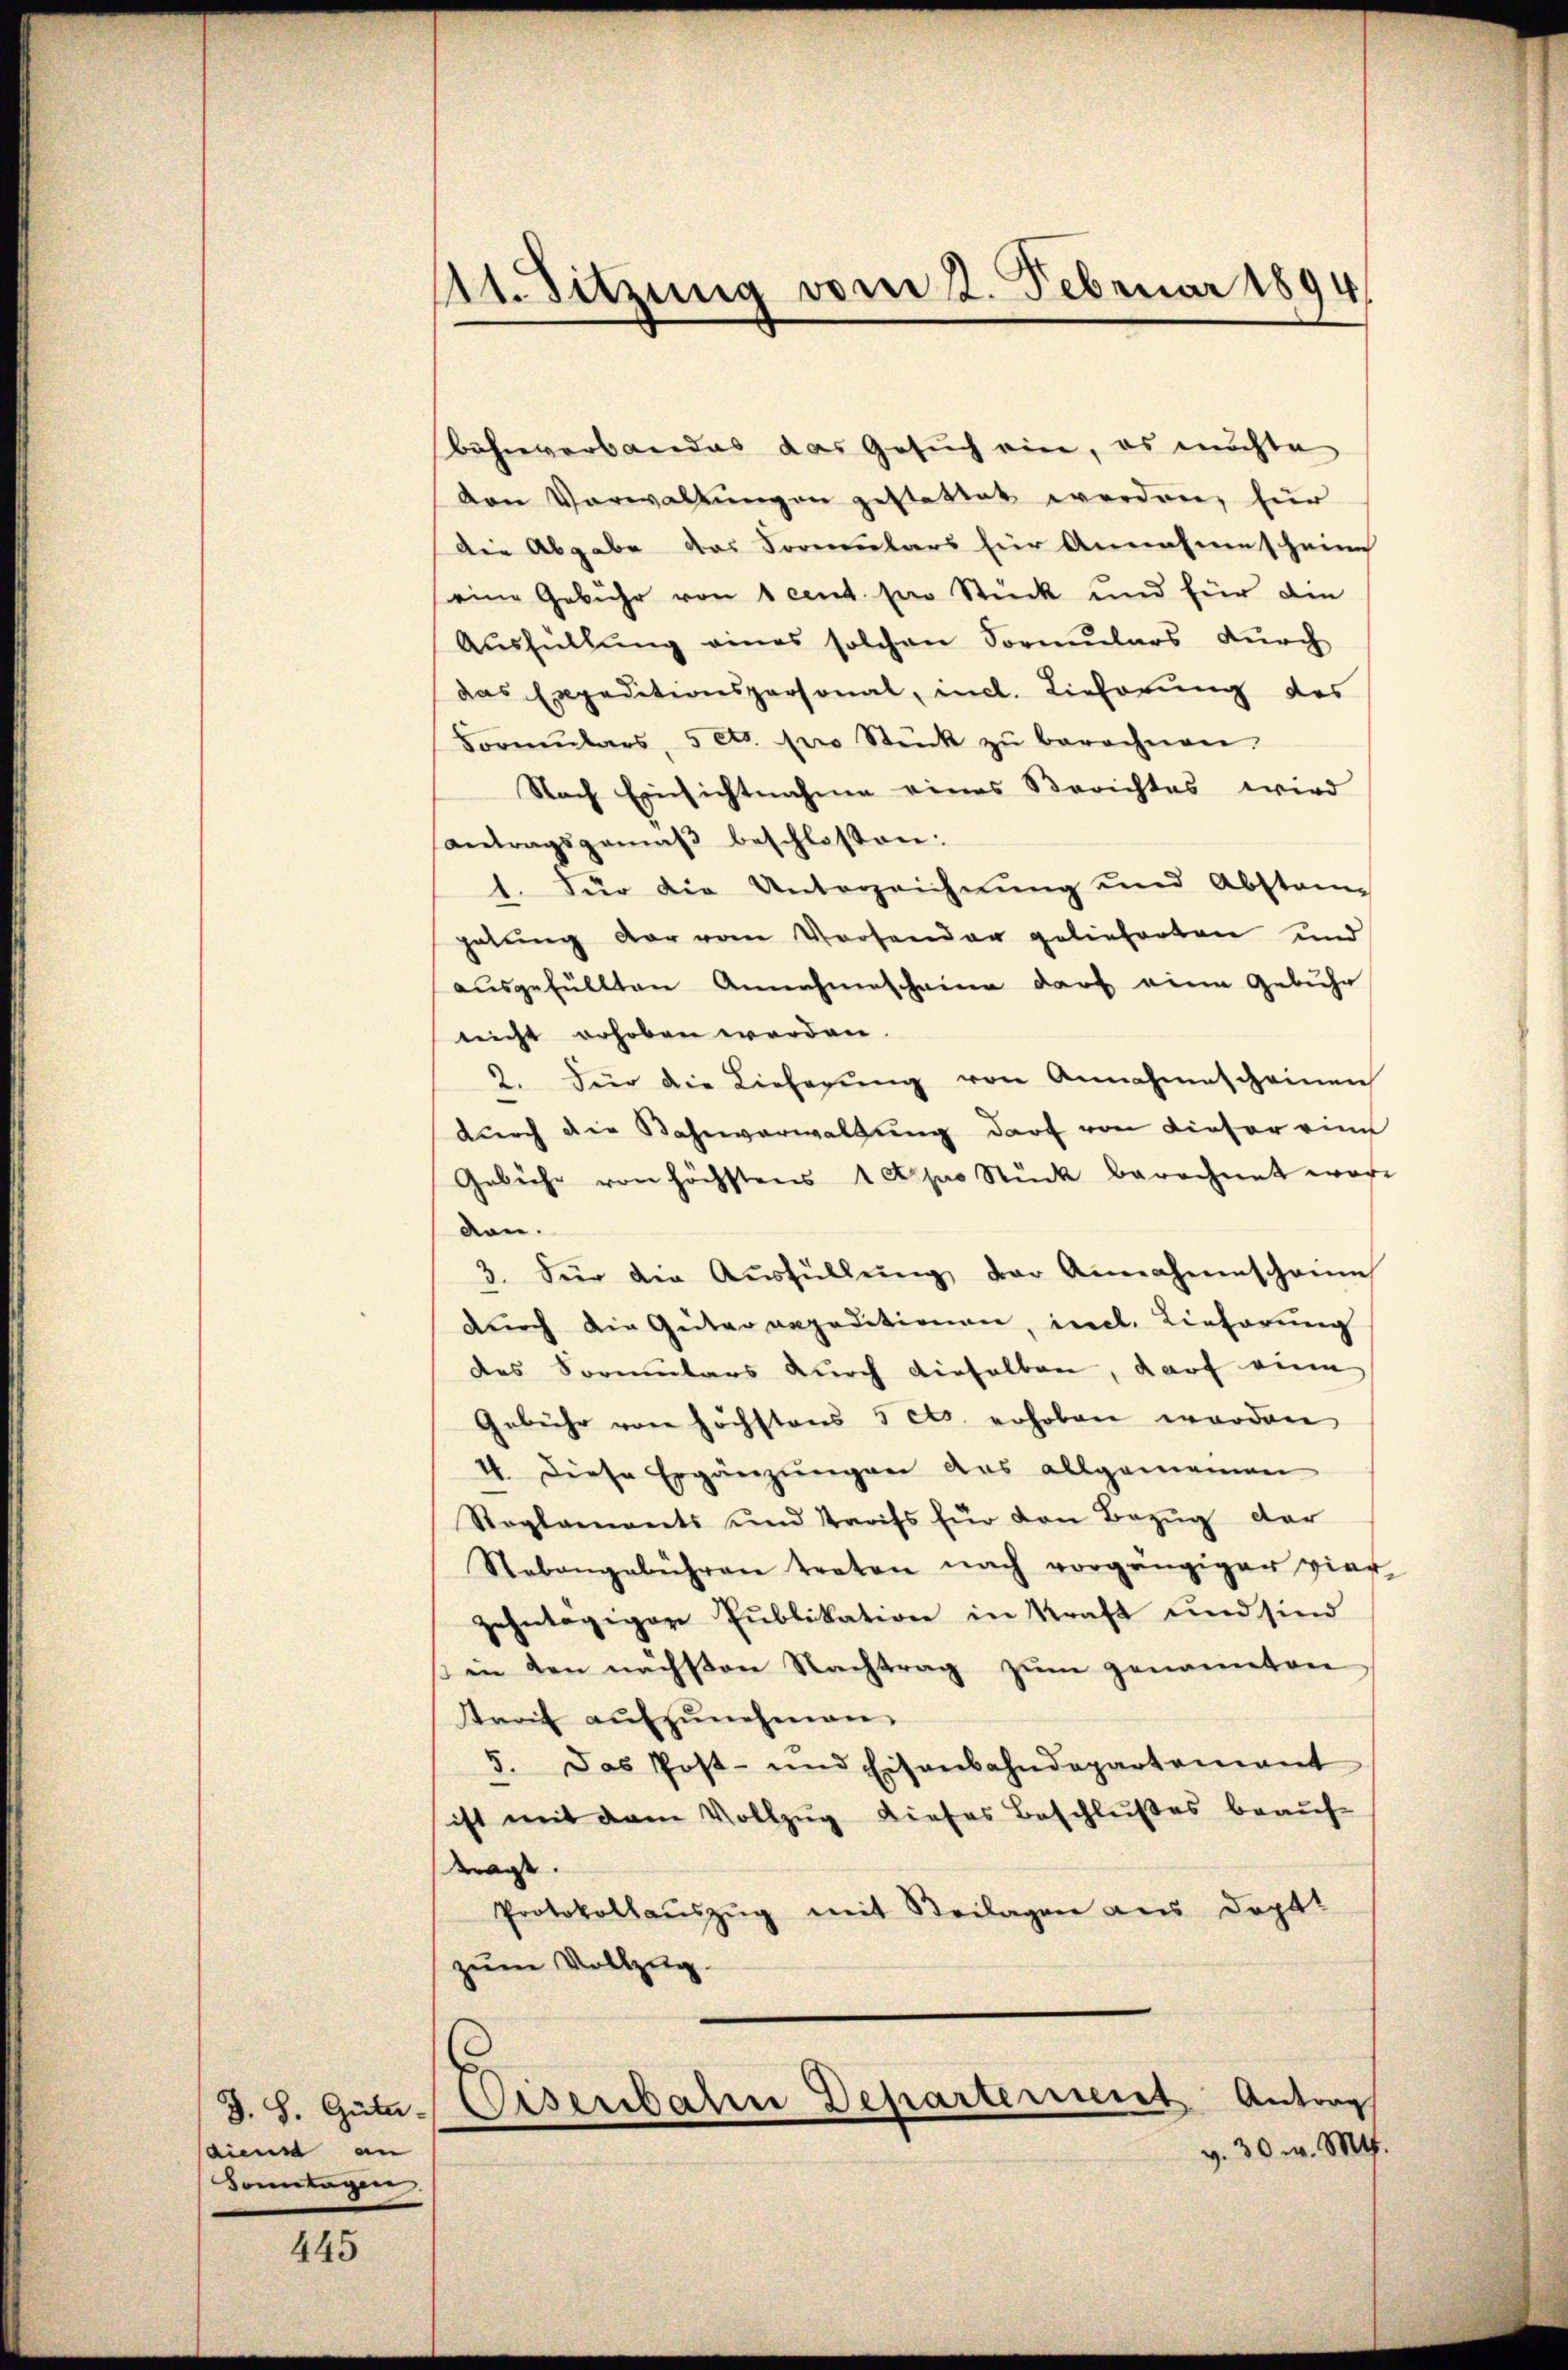
J. H. Güter-
diens an
Sonntagen.

445

11. Sitzung vom 2. Februar 1894

Bahnverbandes das Gesuch ein, es möchte
van Verwaltŭngen gestattet werden, für
Die Abgabe das Formulars für Annahme schein
eine Gebühr von 1 cent. Ein Stück und für die
Ausfüllung eines solchen Formulars durch
das Expeditionspersonal, incl. Lieferung des
Formŭlars, 5 cts. pro Stück zŭ berechnen.
Nach Einsichtnahme eines Berichtes wird
antragsgemäβ beschlossen:
1. Für die Unterzeichnung und Abstann
gabung der vom Vorsender gelieferten und
ausgefüllten Annahmescheine darf eine Gebühr
nicht erhoben werden.
2. Für die Lieferŭng von Annahmescheinen
durch die Bahnverwaltung darf von Liefer eine
Gebühr von höchstens 1 t pro Stück berechnet ware
den.
3. Für die Aŭsfüllŭng der Annahmeschaus
dŭrch die Gütervepeditionen, incl. Lieferŭng
des Vormulars durch dieselben, darf eine
Gebühr von höchstens 5 cts. erhoben worden
44. Diese Ergänzungen das allgemeinen
Roglaments und Tarifs für den Bezŭg der
Stebangebühren treten nach vorgängiger vier
zehntägiger Publikation in Kraft und sind
en den nächsten Nachtrag zum genannten
Streit aŭfzŭnehmen.
5. Das Post- und Eisenbahndepartement
ist mit dem Vollzug dieses Beschlußes beauftragt.
Protokollaŭszŭg mit Beilagen aus Doptt
zum Vollzug.
Eisenbahren Departement Antrag
g. 30. v. Mts.